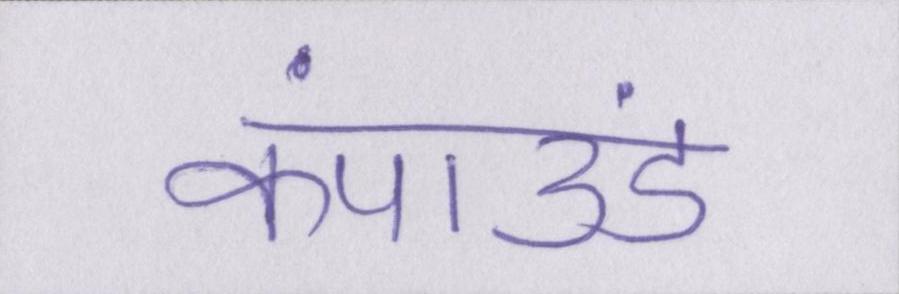
कंपाउंड